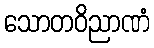
သောတဝိညာဏံ